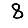
Digit: 8